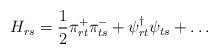
LaTeX: \begin{align*}H_{rs} = \frac{1}{2} \pi^{+}_{rt} \pi^{-}_{ts} + \psi^{\dagger}_{rt}\psi_{ts} + \ldots\end{align*}